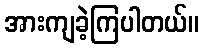
အားကျခဲ့ကြပါတယ်။